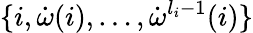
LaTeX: \{ i,\dot{\omega}(i),\ldots,\dot{\omega}^{l_{i}-1}(i)\}